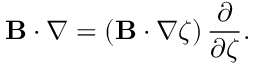
\mathbf { B } \cdot \nabla = \left( \mathbf { B } \cdot \nabla \zeta \right) \frac { \partial } { \partial \zeta } .